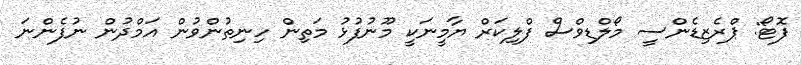
ފޮޓޯ: ޕްރެޒިޑެންސީ މޯލްޑިވްސް ފްލިކަރް ޔާމީނަކީ މޫނުފުޅު މަތިން ހިނިތުންވުން އަމްދުން ނުފެންނަ